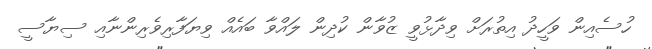
ހުސެއިން ވަހީދު އިތުރަށް ވިދާޅުވީ ޒުވާން ކުދިން ލައްވާ ބައެއް ވިޔަފާރިވެރިންނާއި ސިޔާސީ